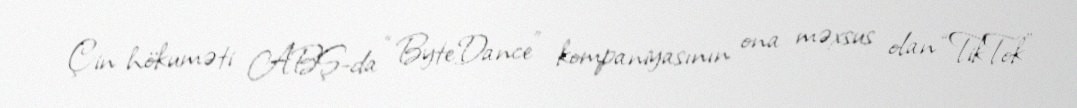
Çin hökuməti ABŞ-da “ByteDance” kompaniyasının ona məxsus olan “TikTok”